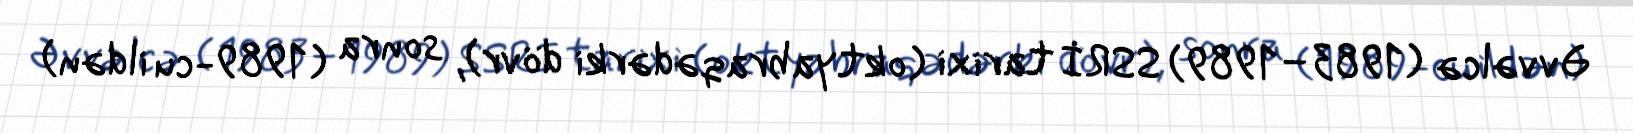
Əvvəlcə (1983–1989) SSRİ tarixi (oktyabraqədərki dövr), sonra (1989-cu ildən)